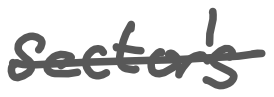
Text: sector's
Cross-out: single-line
Writing tool: digital_gray